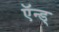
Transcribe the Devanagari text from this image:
ऍन्ड्